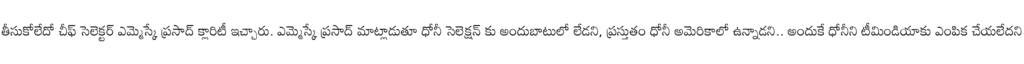
తీసుకోలేదో చీఫ్ సెలెక్టర్ ఎమ్మెస్కే ప్రసాద్ క్లారిటీ ఇచ్చారు. ఎమ్మెస్కే ప్రసాద్ మాట్లాడుతూ ధోనీ సెలెక్షన్ కు అందుబాటులో లేడని, ప్రస్తుతం ధోనీ అమెరికాలో ఉన్నాడని.. అందుకే ధోనీని టీమిండియాకు ఎంపిక చేయలేదని